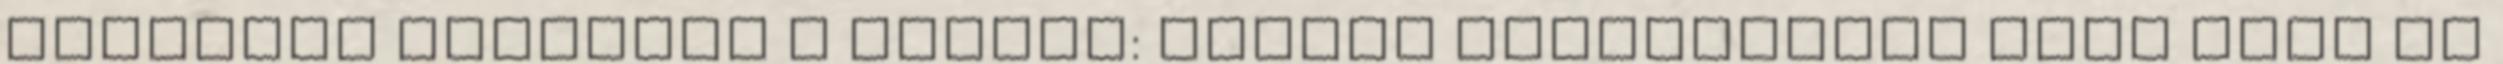
fölénybe kerültek a lányok: Barnai centergólja után időt is